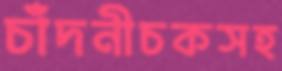
চাঁদনীচকসহ